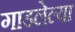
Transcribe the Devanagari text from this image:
गाडलेल्या